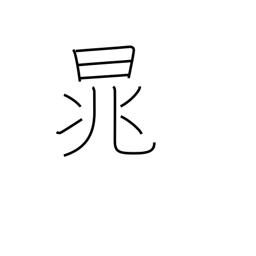
Meaning: proper name